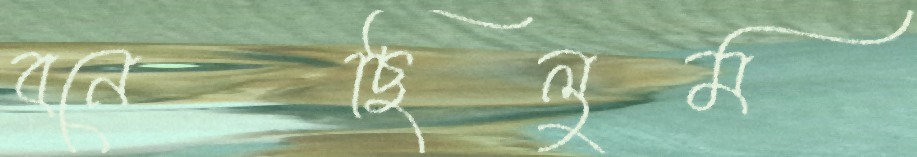
বনেছিলুম